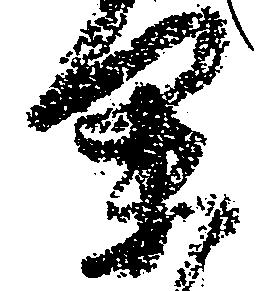
余